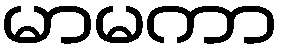
မာမကာ